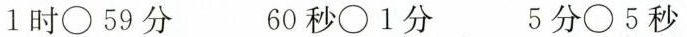
1时\circ 59分 60秒\circ 1分 5分\circ 5秒